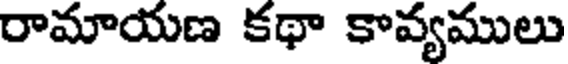
రామాయణ కథా కావ్యములు